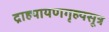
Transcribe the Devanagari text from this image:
द्राह्यायणगृह्यसूत्र